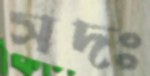
সদঃ